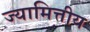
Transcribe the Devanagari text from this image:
ज्यामित्तीय